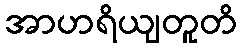
အာဟရိယျတူတိ